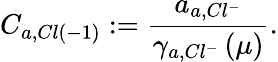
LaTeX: C_{a,Cl\left(-1\right)}:=\frac{a_{a,Cl^{-}}}{\gamma_{a,Cl^{-}}\left(\mu\right)}.